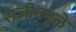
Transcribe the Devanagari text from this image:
सजीवमुळे